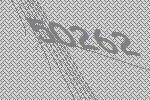
50262